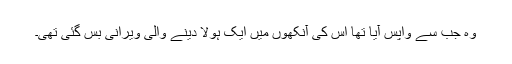
وہ جب سے واپس آیا تھا اس کی آنکھوں میں ایک ہولا دینے والی ویرانی بس گئی تھی۔